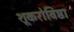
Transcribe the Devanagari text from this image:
शूकरोविष्ठा